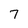
Character: 7